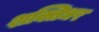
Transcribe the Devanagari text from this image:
शक्तिधर